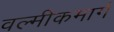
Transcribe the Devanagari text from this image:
वल्मीकमार्ग